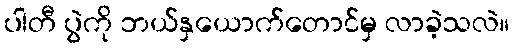
ပါတီ ပွဲကို ဘယ်နှယောက်တောင်မှ လာခဲ့သလဲ။